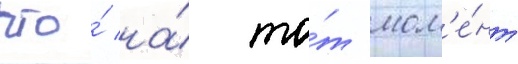
что́ на́ то́т мом'е́нт